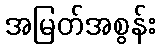
အမြတ်အစွန်း